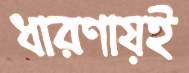
ধারণায়ই